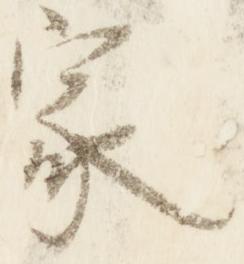
家